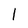
Character: 1